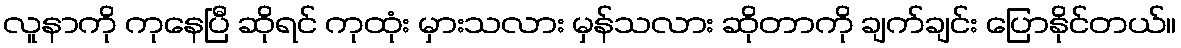
လူနာကို ကုနေပြီ ဆိုရင် ကုထုံး မှားသလား မှန်သလား ဆိုတာကို ချက်ချင်း ပြောနိုင်တယ်။